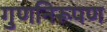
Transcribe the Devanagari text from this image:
गुणनिरूपण